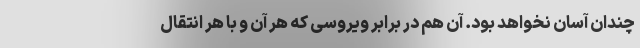
چندان آسان نخواهد بود. آن هم در برابر ویروسی که هر آن و با هر انتقال